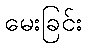
မေးခြင်း